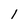
Character: 1